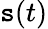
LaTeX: \mathtt{s}(t)